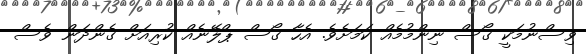
ވިސްނުމަކީ ގޯސް ނިންމުމެއް ކަމަށެވެ. އެހާ ގޯސް ޕްލޭނެއް ކުރިއަށް ގެންދަން ވެސް